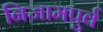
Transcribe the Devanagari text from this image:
निजामपुर्व